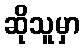
ဆိုသူမှာ